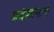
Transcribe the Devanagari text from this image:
प्रदेशांनाच